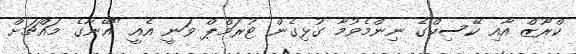
ކްރޫޒް އާއި ކޭސިކްގެ ނިންމެވުމާ ގުޅިގެން ޓުރަމްޕް ވަނީ އެއީ "އޭނާގެ މައްޗަށް